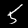
Label: 5